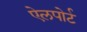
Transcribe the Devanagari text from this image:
ऐलपोर्ट